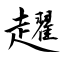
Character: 趯